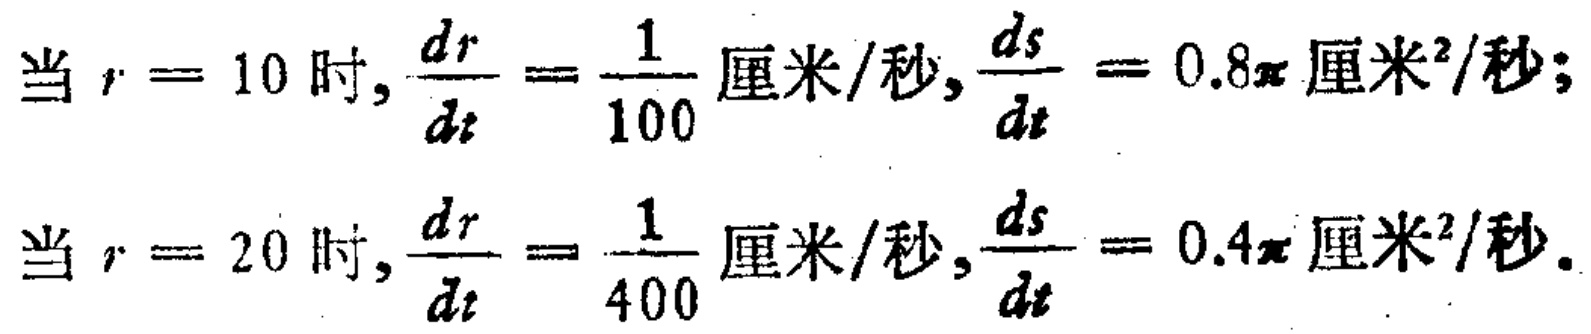
当 \(r = 10\) 时, \(\frac{dr}{dt}=\frac{1}{100}\) 厘米/秒, \(\frac{ds}{dt}=0.8\pi\) 厘米²/秒;
当 \(r = 20\) 时, \(\frac{dr}{dt}=\frac{1}{400}\) 厘米/秒, \(\frac{ds}{dt}=0.4\pi\) 厘米²/秒.